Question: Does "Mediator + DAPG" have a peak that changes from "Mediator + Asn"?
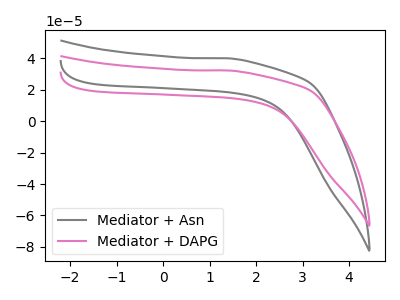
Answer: <think>The gray curve "Mediator + Asn" has no peaks. The pink curve "Mediator + DAPG" has no peaks.
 Neither "Mediator + DAPG" or "Mediator + Asn" have any peaks.</think>
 <answer>No, "Mediator + DAPG" and "Mediator + Asn" don't appear to be significantly different in shape</answer>
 <eval>no_change</eval>